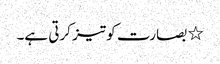
٭ بصارت کو تیز کرتی ہے۔